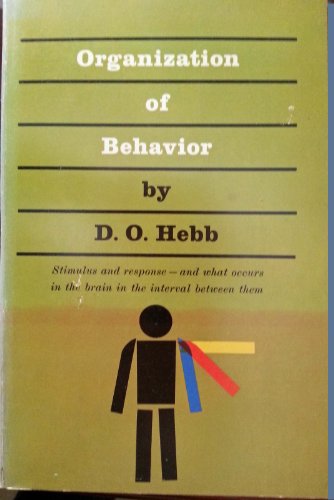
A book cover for The Organization of Behavior; Donald O. Hebb; Medical Books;